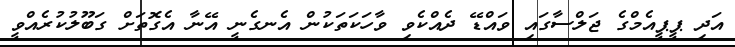
އަދި ޕީޕީއެމްގެ ޖަލްސާގައި ވައްޑޭ ދެއްކެވި ވާހަކަތަކުން އެނގެނީ އޭނާ އެގޮތަށް ގަބޫލުކުރެއްވީ